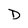
Character: D